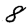
Digit: 8